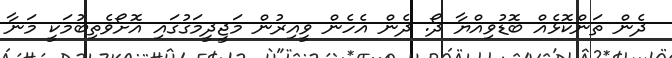
ދެން ތަންކޮޅެއް ބޮޑުވިއްޔާ ދޯ. ދެން އެހެން ވީއިރުން މަޖީދީމަގުގައި އޮށޯވެތިބުމަކީ މަނާ